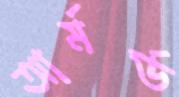
আর্মর্ড